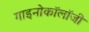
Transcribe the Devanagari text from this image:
गाइनोकॉलॉजी